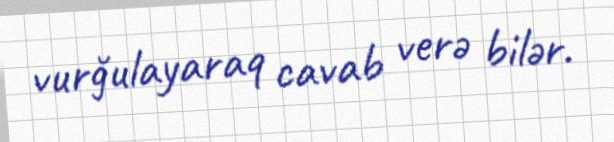
vurğulayaraq cavab verə bilər.